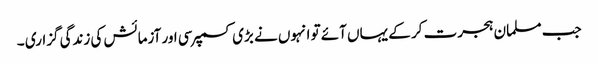
جب مسلمان ہجرت کر کے یہاں آئے تو انہوں نے بڑی کسمپرسی اور آزمائش کی زندگی گزاری ۔